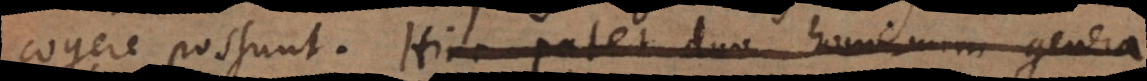
cogere possunt. Hinc patet duo hominum genera